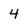
Character: 4